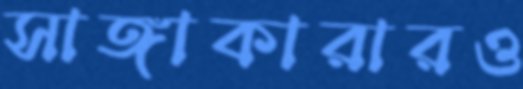
সাঙ্গাকারারও